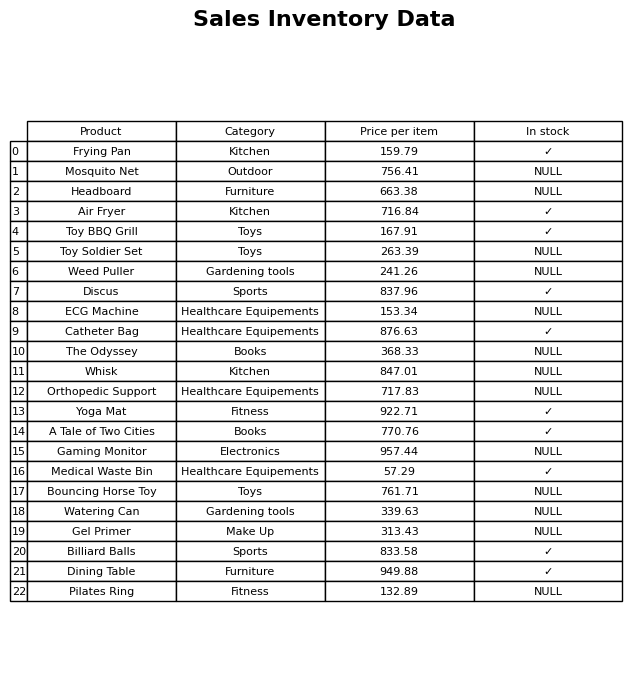
question: What is the price for Air Fryer?
answer: The price of Air Fryer is 716.84.